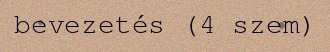
bevezetés (4 szem)